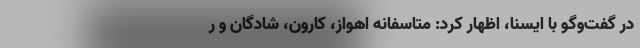
در گفت‌وگو با ایسنا، اظهار کرد: متاسفانه اهواز، کارون، شادگان و ر